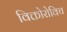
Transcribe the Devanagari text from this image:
विक्तोरोविच